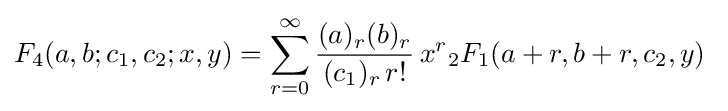
F_{4}(a,b;c_{1},c_{2};x,y)=\sum _{r=0}^{\infty }{\frac {(a)_{r}(b)_{r}}{(c_{1})_{r}\,r!}}\,x^{r}{}_{2}F_{1}(a+r,b+r,c_{2},y)~